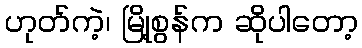
ဟုတ်ကဲ့၊ မြို့စွန်က ဆိုပါတော့